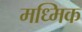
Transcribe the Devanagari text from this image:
मध्मिक